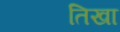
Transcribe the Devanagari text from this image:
तिखा